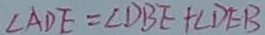
\angle A D E = \angle D B E + \angle D E B